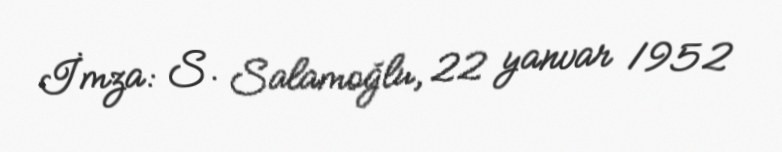
İmza: S. Salamoğlu, 22 yanvar 1952